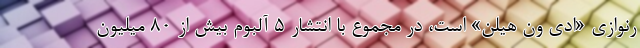
رنوازی «ادی ون هیلن» است، در مجموع با انتشار ۵ آلبوم بیش از ۸۰ میلیون